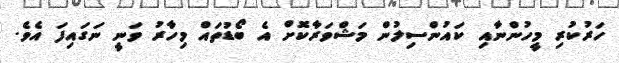
ހަރުކުރި މީހުންނާއި ކައުންސިލުން މަޝްވަރާކޮށް އެ ބޯޑުތައް މިހާރު ވަނީ ނަގައިފަ އެވެ.